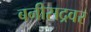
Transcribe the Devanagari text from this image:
बनीसद्रवर